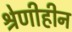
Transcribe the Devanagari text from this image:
श्रेणीहीन